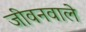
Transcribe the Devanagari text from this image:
जीवनवाले